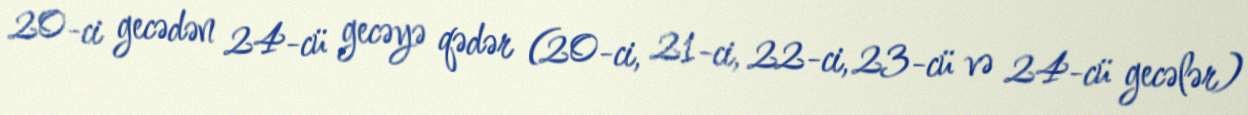
20-ci gecədən 24-cü gecəyə qədər (20-ci, 21-ci, 22-ci, 23-cü və 24-cü gecələr)